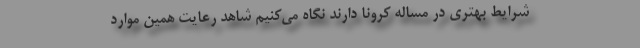
شرایط بهتری در مساله کرونا دارند نگاه می‌کنیم شاهد رعایت همین موارد